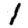
Digit: 1